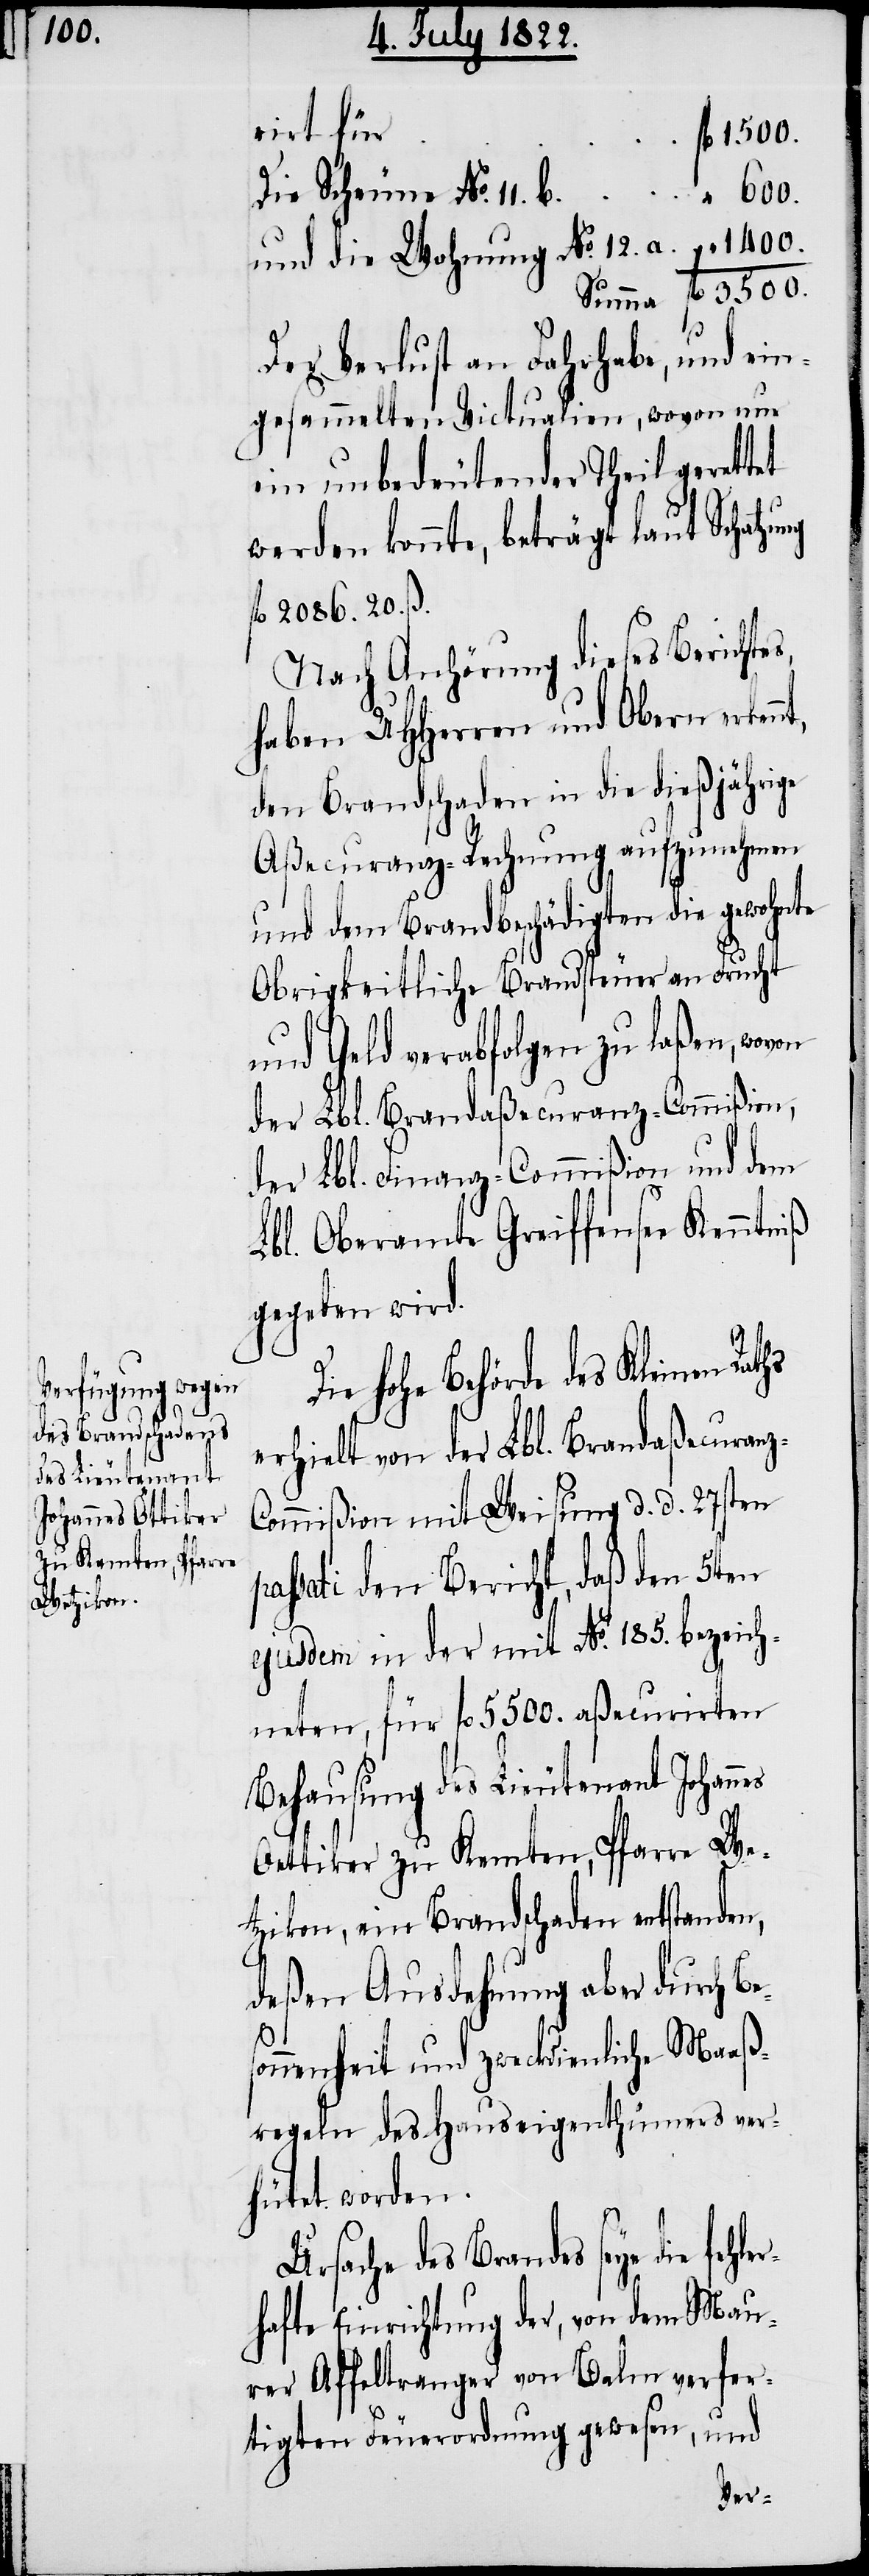
1400.

rirt für
Die Scheune No. 11.
600.
und die Wohnung No. 12. a.
Summa fl. 3500.
Der Verlust an Fahrgabe, und ein¬
gesammelten Victualien, wovon nur
ein unbedeutender Theil gerettet
werden konnte, beträgt laut Schatz¬
fl. 2086. 20. ß.
Nach Anhörung dieses Berichtes,
haben UHHerren und Obern erken¬
den Brandschaden in die dießjährige
Aßecuranz-Rechnung aufzunehmen
und dem Brandbeschädigten die gewohnte
Obrigkeitliche Brandsteuer an Frucht
und Geld verabfolgen zu laßen, wovon
der Lbl. Brandaßecuranz-Commißion,
der Lbl. Finanz-Commißion und dem
Lbl. Oberamte Greiffensee Kenntniß
gegeben wird.
Hohe Behörde des Kleinen
erhielt von der Lbl. Brandaßecuran¬
ommißion mit Weisung d. d. 27sten
sati den Bericht, daß den 5ten
ejusdem in der mit No. 185. bezeich¬
neten, für fl. 5500. aßecurirten
Behausung des Lieutenant Johannes
Ottiker zu Kemten, Pfarre We¬
tzikon, ein Brandschaden entstanden,
deßen Ausdehnung aber durch B¬
onnenheit und zweckdienliche Maaß¬
regeln des Hauseigenthümers ver¬
hütet worden.
Ursache des Brandes seye die fe¬
hafte Einrichtung der, von dem Mau¬
rer Affeltranger von Balm verfer¬
und
tigten Feuerordnung gewesen,
hler¬